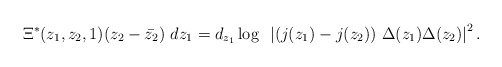
\begin{align*}\Xi^{\ast}(z_1,z_2,1)(z_2-\bar{z_2})~dz_1 = d_{z_1} \log~ \left| (j(z_1)-j(z_2))~ \Delta(z_1)\Delta(z_2) \right|^2. \end{align*}